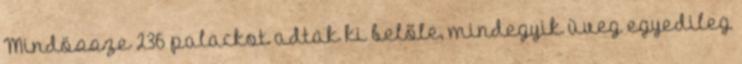
Mindössze 236 palackot adtak ki belőle, mindegyik üveg egyedileg